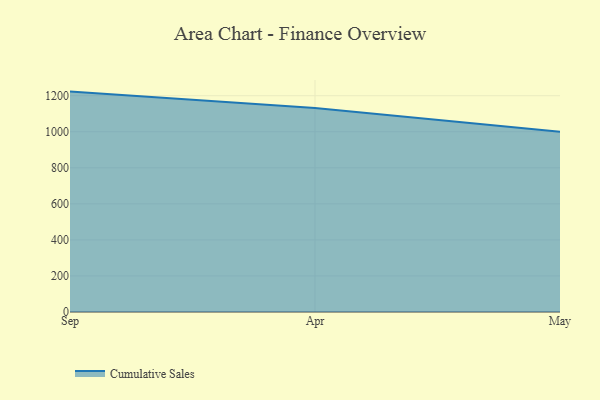
{"axis": {"x": "Month", "y": "Shipments"}, "legend": ["Cumulative Sales"], "data": [{"x": "Sep", "y": 1222.8, "type": "Cumulative Sales"}, {"x": "Apr", "y": 1131.3, "type": "Cumulative Sales"}, {"x": "May", "y": 999.4, "type": "Cumulative Sales"}]}